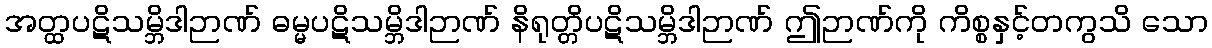
အတ္ထပဋိသမ္ဘိဒါဉာဏ် ဓမ္မပဋိသမ္ဘိဒါဉာဏ် နိရုတ္တိပဋိသမ္ဘိဒါဉာဏ် ဤဉာဏ်ကို ကိစ္စနှင့်တကွသိ သော